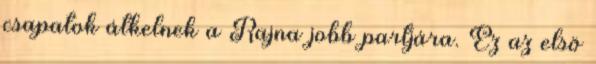
csapatok átkelnek a Rajna jobb partjára. Ez az elsõ